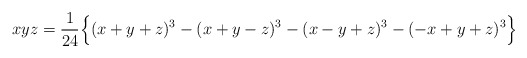
\begin{align*} xyz = \frac{1}{24} \Big\{ (x+y+z)^3 - (x+y-z)^3 - (x-y+z)^3 - (-x+y+z)^3 \Big\}\end{align*}